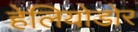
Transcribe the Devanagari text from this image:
हेलियोडोर